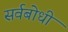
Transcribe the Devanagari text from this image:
सर्वबोधी